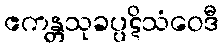
ဧကန္တသုခပ္ပဋိသံဝေဒီ